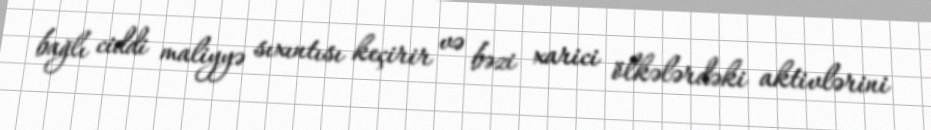
bağlı ciddi maliyyə sıxıntısı keçirir və bəzi xarici ölkələrdəki aktivlərini